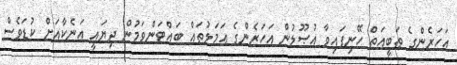
އަހަރެންގެ ޠަބީއަތް ހޭނިފައިވާ އުޞޫލުން އަހަރެންގެ ޢަމަލުތައް ބައްޓަންވަމުން ދިޔައީ އަނެކާއަށް ކުޑަވެސް